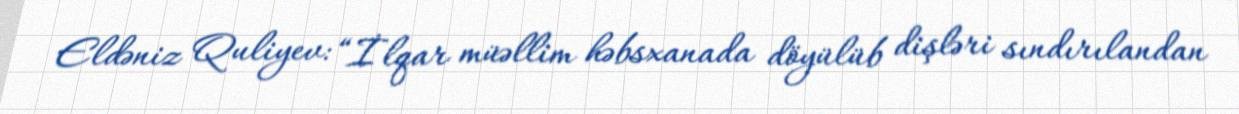
Eldəniz Quliyev: “İlqar müəllim həbsxanada döyülüb dişləri sındırılandan